Statistics compiled by the Government of India from the reports of provincial Civil Veterinary Departments
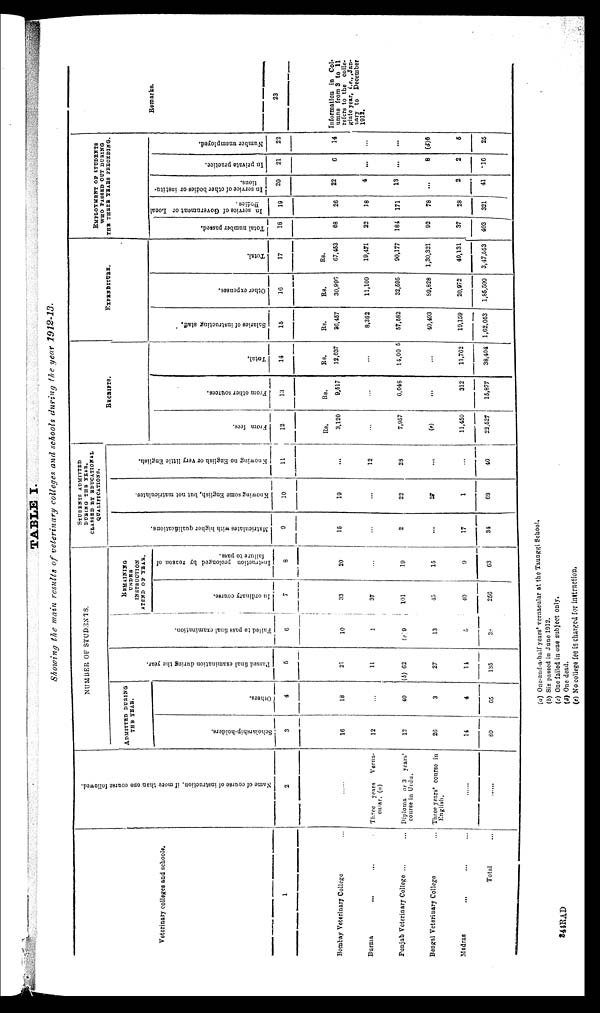
TABLE I.
Showing the main results of veterinary colleges and schools during the year 1912-13.
Veterinary colleges and schools.
1
Bombay Veterinary College ...
Burma ... ... ... ...
Punjab Veterinary College ... ... ... ...
Bengal Veterinary College ... ... ... ...
Madras ... ... ...
Total ...
Name of course of instruction, if more than one course followed.
2
......
Three years
Verna-
cular. (a)
Diploma or 3 years'
course in Urdu.
Three years course in
English.
......
......
NUMBER OF STUDENTS.
ADMITTED DURING
THE YEAR.
Scholarship-holders.
3
16
12
12
26
14
80
Others.
4
18
...
40
3
4
65
Passed final examination during the year.
5
21
11
(b) 62
27
14
135
Fai l
ed to pass f i nal examination.
6
10
1
(c) 9
13
5
38
REMAINING
UNDER
INSTRUCTION
ATEND OF YEAR.
In ordinary course.
7
33
37
101
45
40
256
Instruction prolonged by reason of
failure to pass.
8
20
...
10
15
9
63
STUDENTS ADMITTED
DURING THE YEAR,
CLASSED BY
EDUCATIONAL
QUALIFICATIONS.
Matriculates with higher qualifications.
9
15
...
2
...
17
34
Knowing some English, but not matriculates.
10
19
...
22
27
1
69
Knowing no English or very little English.
11
...
12
28
...
...
40
RECEIPTS.
From fees.
12
Rs.
3,120
...
7,957
(a)
11,450
22,527
From other sources.
13
Rs.
9,517
...
6,048
...
312
15,877
Total.
14
Rs.
12,637
...
14,00 5
...
11,762
38,404
EXPENDITURE.
Salaries of instructing staff.
15
Rs.
36,457
8,362
57,582
40,493
19,159
1,62,053
Other expenses.
16
Rs.
30,996
11,109
32,595
89,828
20,972
1,85,500
Total.
17
Rs.
67,453
19,471
90,177
1,30,321
40,131
3,47,553
EMPLOYMENT OF STUDENTS
WHO PASSED OUT DURING
THE THREE YEARS PRECEDING.
Total number passed.
18
68
22
184
92
37
403
In service of Government or Local
Bodies.
19
26
18
171
78
28
321
In service of other bodies or institu-
tions.
20
22
4
13
...
2
41
In private practice.
21
6
...
...
8
2
16
Number unemployed.
22
14
...
...
(d)6
5
25
Remarks.
23
Information in Col-
umns from 3 to 11
refers to the colle-
giate year, i.e., Jan-
uary to
December
1913.
(a) One-and-a-half years' vernacular at the Taunggi School.
(b) Six passed in June 1912.
(c) One failed in one subject only.
(d) One dead.
(e) No college fee is charged for instruction.
344RAD